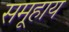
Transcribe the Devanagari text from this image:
समूहाय